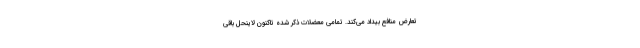
تعارض منافع بیداد می‌کند. تمامی معضلات ذکر شده تاکنون لاینحل باقی